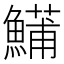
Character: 𬵦